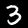
Label: 3